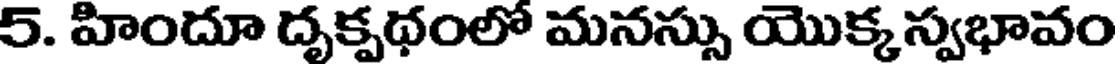
5. హిందూ దృక్పథంలో మనస్సు యొక్కస్వభావం